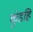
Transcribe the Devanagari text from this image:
कुंडहि